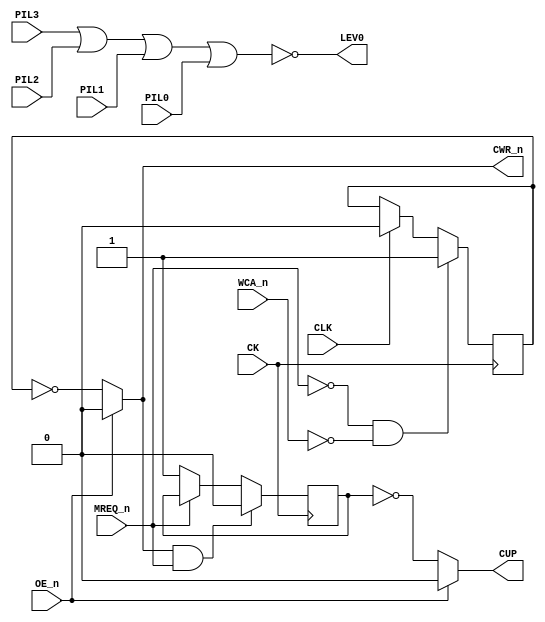
// This program was cloned from: https://github.com/RonnyA/nd-120
// License: MIT License

// PAL16R4
// CJTC 30SEP87
// 44511A, 26H, LEV0

// PAL16R4 (https://rocelec.widen.net/view/pdf/c6dwcslffz/VANTS00080-1.pdf)

// Four D flip-flops controlled by CLK signal (and reads input to flip-flop O3,O4,O5 and O6) when transision from LOW to HIGH.
// O3-O6 output is controlled by OE_n (HIGH signal means output is three-state)

// PCB 3202D sheet 34:
//
// PAL input signal PD1 is connected to PAL OE_n (and PD1 to PD4 is ALWAYS 0/FALSE in the 3202 circuit board)
//     input signal CLK is connectec to PAL CK pin





module PAL_44511A(
    input CK,       // Clock signal
    input OE_n,     // OUTPUT ENABLE (active-low) for Q0-Q3

    input PIL0,     // I0 - PIL0
    input PIL1,     // I1 - PIL1
    input PIL2,     // I2 - PIL2 
    input PIL3,     // I3 - PIL3 
    input CLK,      // I4 - CLK (same signal as CK) 
    input MREQ_n,   // I5 - MREQ_n
    input WCA_n,    // I6 - WCA_n  
    //input I7,       // I7 - (not connected)

    output CUP,      // Q0_n - (not connected)
    //output Q1_n,   // Q1_n - (not connected)
    //output Q2_n,   // Q2_n - (not connected)
    //output Q2_n,   // Q3_n - (not connected)

   
    output CWR_n,    // B0_n - CWR_n
    //output B1_n,   // B1_n - (not connected)
    //output B2_n,   // B2_n - (not connected)
    output LEV0      // B3_n - LEV0

);


// Register declarations for state-holding variables
reg CWR_reg;
reg CUP_n_reg;


// negated wires
wire MREQ = ~MREQ_n;
wire WCA = ~WCA_n;
wire CLK_n = ~CLK;

// LEVEL ZERO
assign LEV0 = ~(PIL3 | PIL2 | PIL1 | PIL0);


always @(posedge CK) begin

    // Logic for CWR (Cache Write Register)
    if ((MREQ & WCA) ==1)  // SET ON WRITE TO CACHE
        CWR_reg <= 1'b1;
    else if ((CLK_n) == 0)  // HOLD UNTIL START OF NEXT CYCLE
        CWR_reg <= 1'b0;

    // Logic for CUP  (ADDED CACHE UPDATE BIT)
    if ((CWR_n & MREQ_n)==1)   // SET IN WRITE TO CACHE
        CUP_n_reg <= 1'b0;
    else if (MREQ_n ==0)    // HOLD UNTIL NEXT MREQ
        CUP_n_reg <= 1'b1;
end

// outputs
assign CWR_n = OE_n ? 1'b0 : ~CWR_reg;
assign CUP   = OE_n ? 1'b0 : ~CUP_n_reg;


endmodule


/*
DESCRIPTION

; 180587 M3202B

061087 CJTC : ADDED CACHE UPDATE BIT (CUP) FOR M3202D

*/